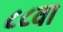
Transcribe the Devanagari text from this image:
८८वा